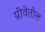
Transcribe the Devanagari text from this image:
ग्रीवेतील